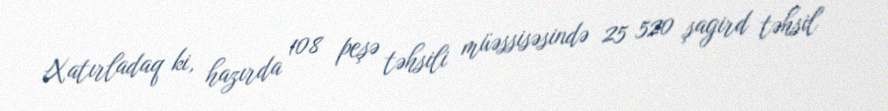
Xatırladaq ki, hazırda 108 peşə təhsili müəssisəsində 25 520 şagird təhsil